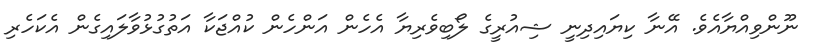
ނޫންވިއްޔާއެވެ. އޭނާ ކިޔައިދިނީ ޝިއުރީގެ ލޯބިވެރިޔާ އެހެން އަންހެން ކުއްޖަކާ އަތުގުޅުވާލައިގެން އެކަހެރި